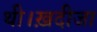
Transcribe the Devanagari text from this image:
थी।ख़दीजा